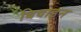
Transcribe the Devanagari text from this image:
बिवाइन